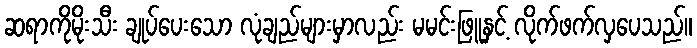
ဆရာကိုမိုးသီး ချုပ်ပေးသော လုံချည်များမှာလည်း မမင်းဖြူနှင့် လိုက်ဖက်လှပေသည်။